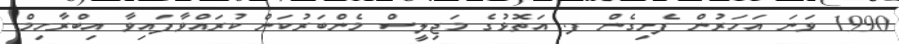
1990 ވަނަ އަހަރުން ފެށިގެން ފ. އަތޮޅުގެ މަޖިލީސް މެންބަރުކަން ކުރައްވާފައިވާ އިބްރާހިމް